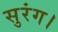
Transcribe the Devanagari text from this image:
सुरंग।